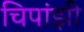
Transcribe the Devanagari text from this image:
चिपांझी